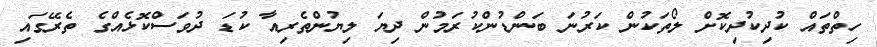
ހިތްތައް ކުދިކުދިކޮށް ލޯތަކުން ކަރުނަ ބަންޑުންކުރަމުން ދިޔަ ލިޔުންތެރިއާ ކުޑަ ދުވަސްކޮޅެއްގެ ތެރޭގައި